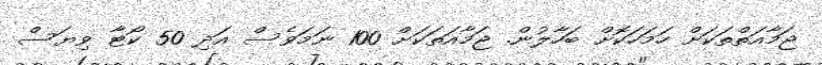
ޖަމާއަތްތަކަށް ހަމަހަކޮށް ބަހާލުން. ޖަމާއަތަކަށް 100 ނަމަވެސް އަދި 50 ކޯޓާ ވިޔަސް